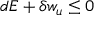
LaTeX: d E + \delta w _ { u } \leq 0